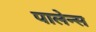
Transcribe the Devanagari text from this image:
पालेन्स